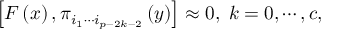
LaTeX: \left[ F \left( x \right) , \pi _ { i _ { 1 } \cdots i _ { p - 2 k - 2 } } \left( y \right) \right] \approx 0 , \; k = 0 , \cdots , c ,